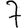
Digit: 7